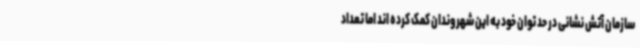
سازمان آتش نشانی در حد توان خود به این شهروندان کمک کرده اند اما تعداد